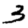
Digit: 3